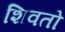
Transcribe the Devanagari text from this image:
शिवतो